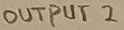
Text: OUTPUT 2